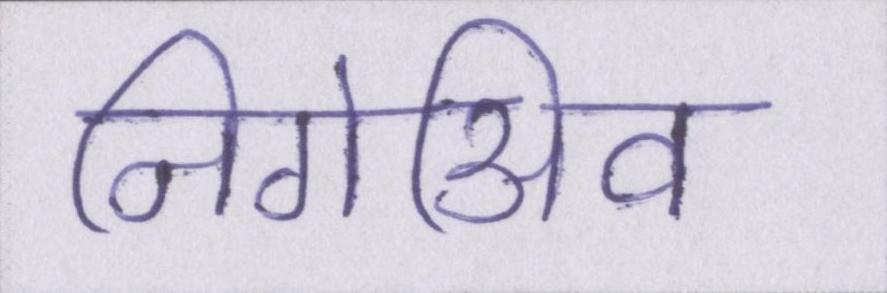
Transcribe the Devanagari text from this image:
निगेअिव